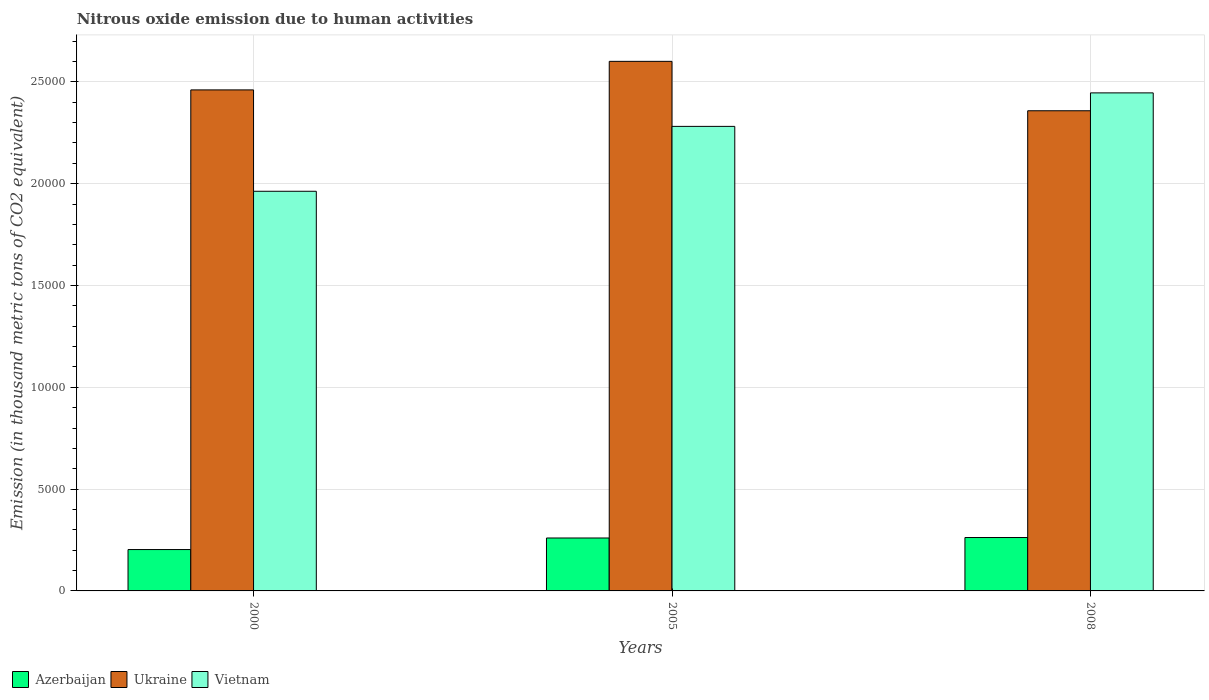
| Years | Azerbaijan | Ukraine | Vietnam |
 | --- | --- | --- | --- |
 | 2000 | 2.03e+03 | 2.46e+04 | 1.96e+04 |
 | 2005 | 2.6e+03 | 2.6e+04 | 2.28e+04 |
 | 2008 | 2.62e+03 | 2.36e+04 | 2.45e+04 |